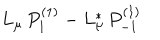
LaTeX: L _ { \mu } \, P _ { 1 } ^ { ( 1 ) } - L _ { \mu } ^ { * } \, P _ { - 1 } ^ { ( 1 ) }